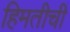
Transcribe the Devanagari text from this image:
हिमतीची